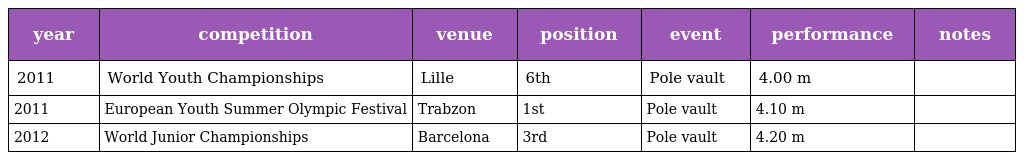
| year | competition | venue | position | event | performance | notes |
 | --- | --- | --- | --- | --- | --- | --- |
 | 2011 | World Youth Championships | Lille | 6th | Pole vault | 4.00 m |  |
 | 2011 | European Youth Summer Olympic Festival | Trabzon | 1st | Pole vault | 4.10 m |  |
 | 2012 | World Junior Championships | Barcelona | 3rd | Pole vault | 4.20 m |  |